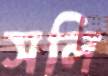
সলি